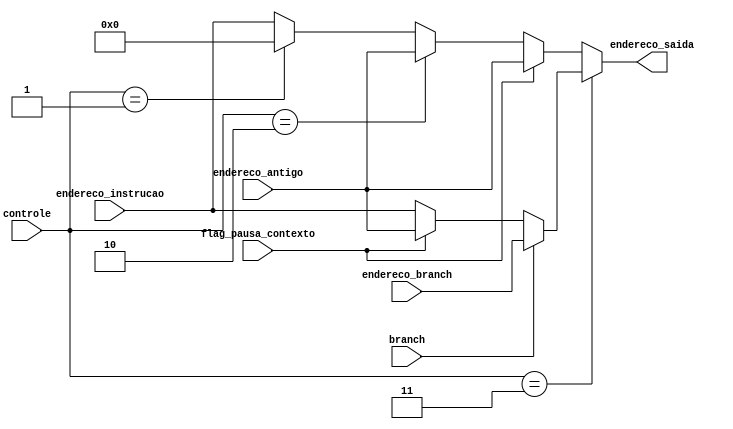
module muxInstrucao(
controle,
branch,
endereco_branch,
endereco_instrucao,
endereco_antigo,
endereco_saida,
flag_pausa_contexto
);
	input branch;
	input [1:0] controle;
	input [31:0] endereco_branch;
	input [31:0] endereco_instrucao;
	input [31:0] endereco_antigo;
	output reg [31:0] endereco_saida;
	input flag_pausa_contexto;
	
	always @ (controle or branch or endereco_branch or endereco_instrucao) begin
		if(controle == 2'b11)
		begin
			if (branch == 1'b1)
				endereco_saida = endereco_branch;
			else begin
				if(flag_pausa_contexto == 1'b1) begin
					endereco_saida = endereco_antigo;
				end
				else begin
					endereco_saida = endereco_instrucao;
				end
			end
		end
		else begin
			if(flag_pausa_contexto == 1'b1) begin
				endereco_saida = endereco_antigo;
			end
			else begin
				if (controle == 2'b10)
				endereco_saida = endereco_antigo;
				else if (controle == 2'b01)
					endereco_saida = 31'd0;
				else
					endereco_saida = endereco_instrucao;
				end
			end
			
		end
		
		
endmodule